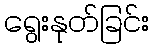
ရွေးနုတ်ခြင်း